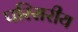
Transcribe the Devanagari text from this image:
परिसरीय